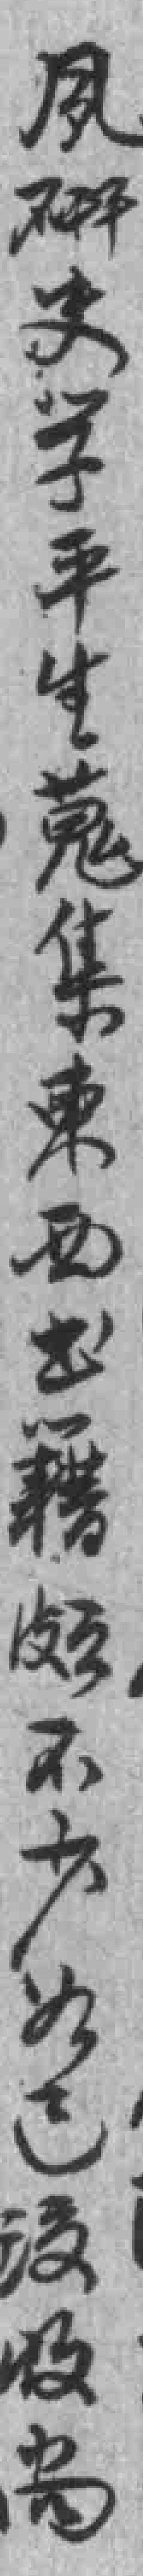
夙硏史学平生蒐集東西出籍颇不少如已没收尚